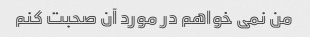
من نمی خواهم در مورد آن صحبت کنم